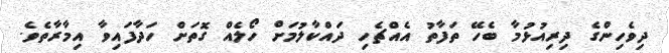
ދިވެހިންގެ ދިރިއުޅުމާ ބެހޭ ތަފާތު އެއްޗެހި ދައްކާލުމަށް ހޯލެއް ގޮތަށް ހަދާފައިވާ އިމާރާތެވެ.